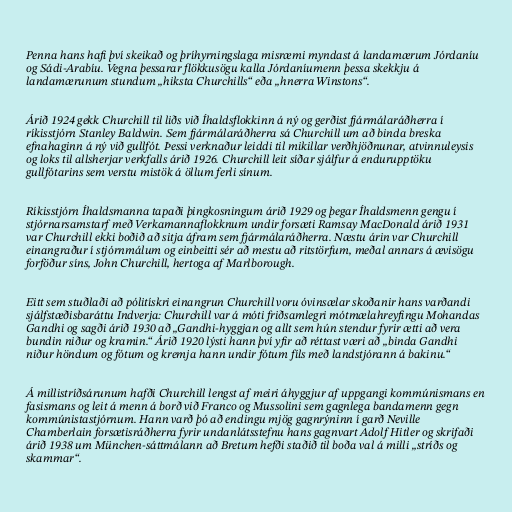
Penna hans hafi því skeikað og þríhyrningslaga misræmi myndast á landamærum Jórdaníu
og Sádi-Arabíu. Vegna þessarar flökkusögu kalla Jórdaníumenn þessa skekkju á
landamærunum stundum „hiksta Churchills“ eða „hnerra Winstons“.

Árið 1924 gekk Churchill til liðs við Íhaldsflokkinn á ný og gerðist fjármálaráðherra í
ríkisstjórn Stanley Baldwin. Sem fjármálaráðherra sá Churchill um að binda breska
efnahaginn á ný við gullfót. Þessi verknaður leiddi til mikillar verðhjöðnunar, atvinnuleysis
og loks til allsherjar verkfalls árið 1926. Churchill leit síðar sjálfur á endurupptöku
gullfótarins sem verstu mistök á öllum ferli sínum.

Ríkisstjórn Íhaldsmanna tapaði þingkosningum árið 1929 og þegar Íhaldsmenn gengu í
stjórnarsamstarf með Verkamannaflokknum undir forsæti Ramsay MacDonald árið 1931
var Churchill ekki boðið að sitja áfram sem fjármálaráðherra. Næstu árin var Churchill
einangraður í stjórnmálum og einbeitti sér að mestu að ritstörfum, meðal annars á ævisögu
forföður síns, John Churchill, hertoga af Marlborough.

Eitt sem stuðlaði að pólitískri einangrun Churchill voru óvinsælar skoðanir hans varðandi
sjálfstæðisbaráttu Indverja: Churchill var á móti friðsamlegri mótmælahreyfingu Mohandas
Gandhi og sagði árið 1930 að „Gandhi-hyggjan og allt sem hún stendur fyrir ætti að vera
bundin niður og kramin.“ Árið 1920 lýsti hann því yfir að réttast væri að „binda Gandhi
niður höndum og fótum og kremja hann undir fótum fíls með landstjórann á bakinu.“

Á millistríðsárunum hafði Churchill lengst af meiri áhyggjur af uppgangi kommúnismans en
fasismans og leit á menn á borð við Franco og Mussolini sem gagnlega bandamenn gegn
kommúnistastjórnum. Hann varð þó að endingu mjög gagnrýninn í garð Neville
Chamberlain forsætisráðherra fyrir undanlátsstefnu hans gagnvart Adolf Hitler og skrifaði
árið 1938 um München-sáttmálann að Bretum hefði staðið til boða val á milli „stríðs og
skammar“.